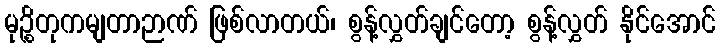
မုဉ္စိတုကမျတာဉာဏ် ဖြစ်လာတယ်၊ စွန့်လွှတ်ချင်တော့ စွန့်လွှတ် နိုင်အောင်